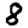
Digit: 8